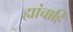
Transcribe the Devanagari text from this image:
ह्यांचाहि